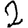
Digit: 2